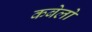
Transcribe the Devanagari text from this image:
कबेलो